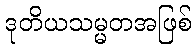
ဒုတိယသမ္မတအဖြစ်